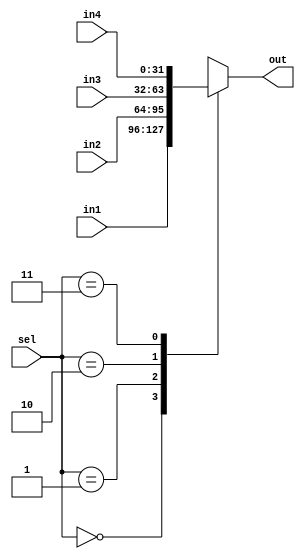
module mult4tol (in1,in2,in3,in4,sel,out);
	input [31:0] in1, in2, in3, in4; //four 32-bit inputs
	input [1:0] sel; //selector signal
	output reg [31:0] out; // 32-bit output
	always @(in1, in2, in3, in4, sel) begin
		case(sel) //4->1 multiplexor inputs on a and b
			2'b00 : out = in1;
			2'b01 : out = in2;
			2'b10 : out = in3;
			2'b11 : out = in4;
		endcase
	end
endmodule